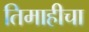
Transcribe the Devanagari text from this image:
तिमाहीचा